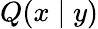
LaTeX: Q(x\mid y)